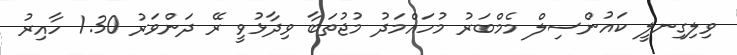
ވިލިގިނލީ ކައުންސިލް މެމްބަރު މުހައްމަދު މުޖުތަބާ ވިދާޅުވީ ރޭ ދަންވަރު 1.30 ހާއިރު